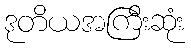
ဒုတိယအကြီးဆုံး